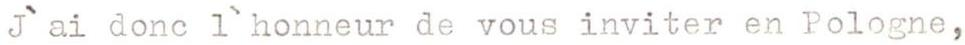
J`ai donc l`honneur de vous inviter en Pologne,